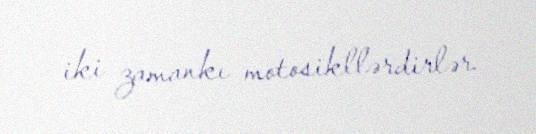
iki zamankı motosikllərdirlər.